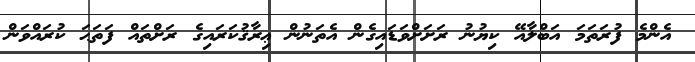
އެންމެ ފުރަތަމަ އަބްލާއޭ ކިޔުނު ރަށަށްވަޑައިގެން އެތަނުން ޢިރާޤުކަރައިގެ ރަށްތައް ފަތަޙަ ކުރައްވަން